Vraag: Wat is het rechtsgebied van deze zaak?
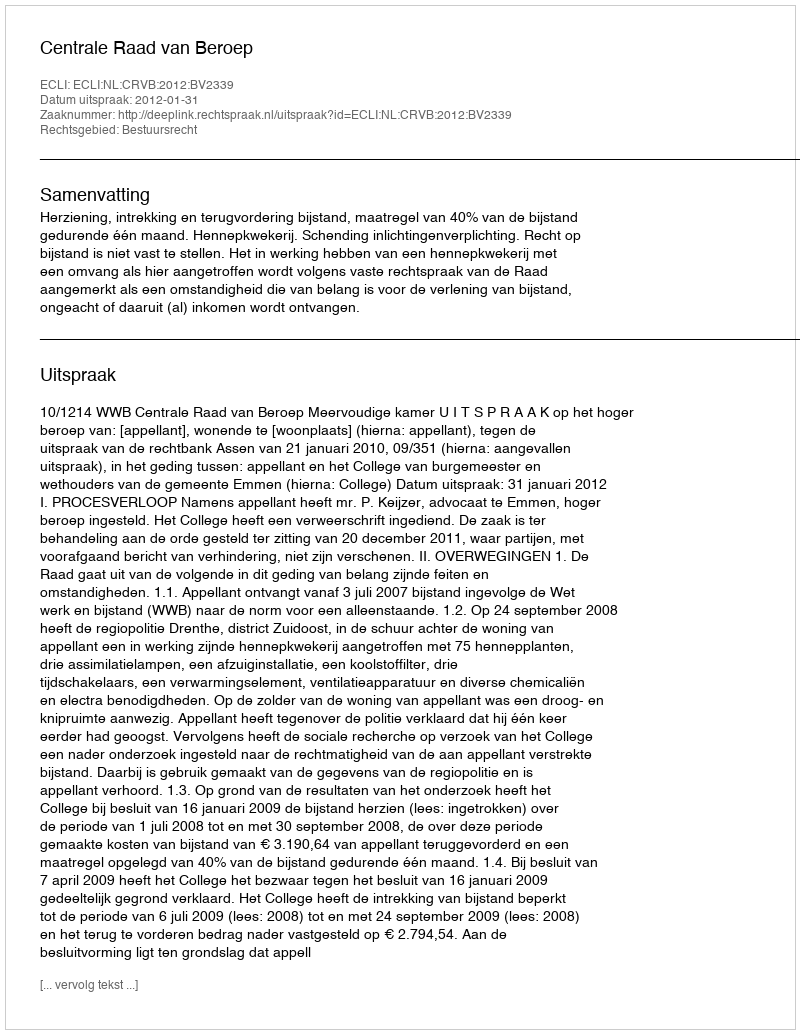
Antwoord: Bestuursrecht